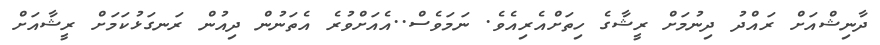
ދާނިޝްއަށް ރައްދު ދިނުމަށް ރީޝާގެ ހިތަށްއެރިއެވެ. ނަމަވެސް..އެއަށްވުރެ އެތަނުން ދިއުން ރަނގަޅުކަމަށް ރީޝާއަށް